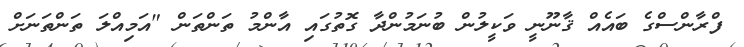
ފްރާންސްގެ ބައެއް ޤާނޫނީ ވަކީލުން ބުނަމުންދާ ގޮތުގައި އާންމު ތަންތަން "އަމިއްލަ ތަންތަނަށް